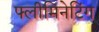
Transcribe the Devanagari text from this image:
फ्लीमिनेटिंग